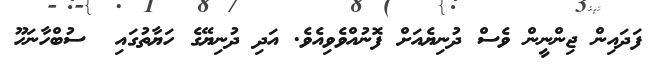
ފަދައިން ޖިންނީން ވެސް ދުނިޔެއަށް ފޮނުއްވެވިއެވެ. އަދި ދުނިޔޭގެ ހަޔާތުގައި  ސުބްހާނަހޫ